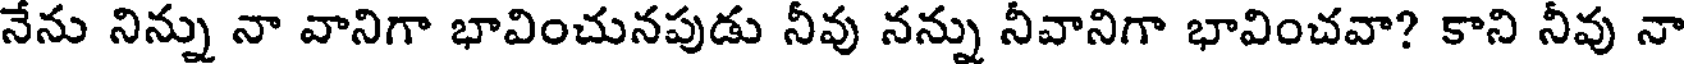
నేను నిన్ను నా వానిగా భావించునపుడు నీవు నన్ను నీవానిగా భావించవా? కాని నీవు నా